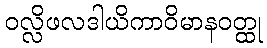
ဝလ္လိဖလဒါယိကာဝိမာနဝတ္ထု